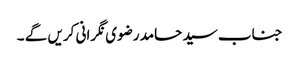
جناب سید حامد رضوی نگرانی کریں گے ۔